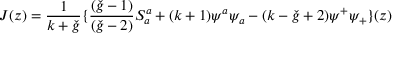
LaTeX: J ( z ) = \frac { 1 } { k + \check { g } } \{ \frac { ( \check { g } - 1 ) } { ( \check { g } - 2 ) } S _ { a } ^ { a } + ( k + 1 ) \psi ^ { a } \psi _ { a } - ( k - \check { g } + 2 ) \psi ^ { + } \psi _ { + } \} ( z )